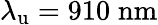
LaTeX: \lambda_{\mathrm{u}}=910\; \mathrm{nm}